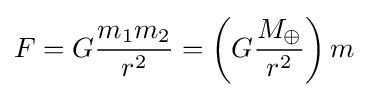
F=G{\frac {m_{1}m_{2}}{r^{2}}}=\left(G{\frac {M_{\oplus }}{r^{2}}}\right)m